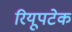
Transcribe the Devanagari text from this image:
रियूपटेक